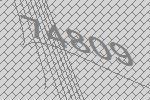
74809